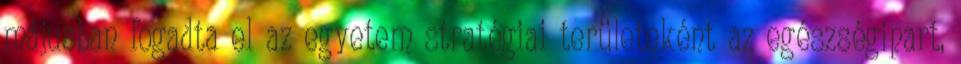
májusban fogadta el az egyetem stratégiai területeként az egészségipart,